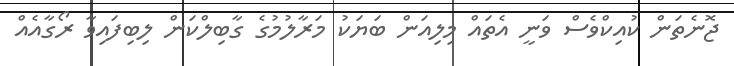
ޖޮނެތަން ކުއިކްވެސް ވަނީ އެތައް މިލިއަން ބަޔަކު މަރާލުމުގެ ގާބިލްކަން ލިބިފައިވާ ރޯގާއެއް